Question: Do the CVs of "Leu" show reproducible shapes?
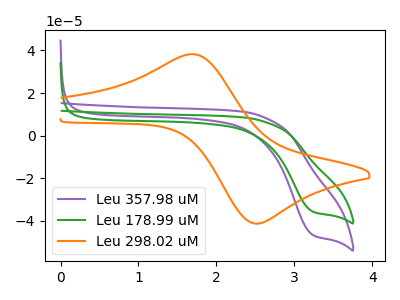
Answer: <think>The purple curve "Leu 357.98 uM" has a cathodic peak at: (3.25V, -46.35uA). The green curve "Leu 178.99 uM" has a cathodic peak at: (3.25V, -35.45uA). The orange curve "Leu 298.02 uM" has an anodic peak at (1.70V, 38.25uA) and a cathodic peak at (2.55V, -41.30uA).
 All the peaks in "Leu 357.98 uM" have a peak in "Leu 178.99 uM" at the same potential. Every peak in "Leu 357.98 uM" is higher than every peak in "Leu 178.99 uM". "Leu 357.98 uM" and "Leu 298.02 uM" have a different number of peaks. "Leu 178.99 uM" and "Leu 298.02 uM" have a different number of peaks.</think>
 <answer>All the CV's of "Leu" have similar shape.</answer>
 <eval>follow_rule</eval>